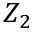
Z _ { 2 }